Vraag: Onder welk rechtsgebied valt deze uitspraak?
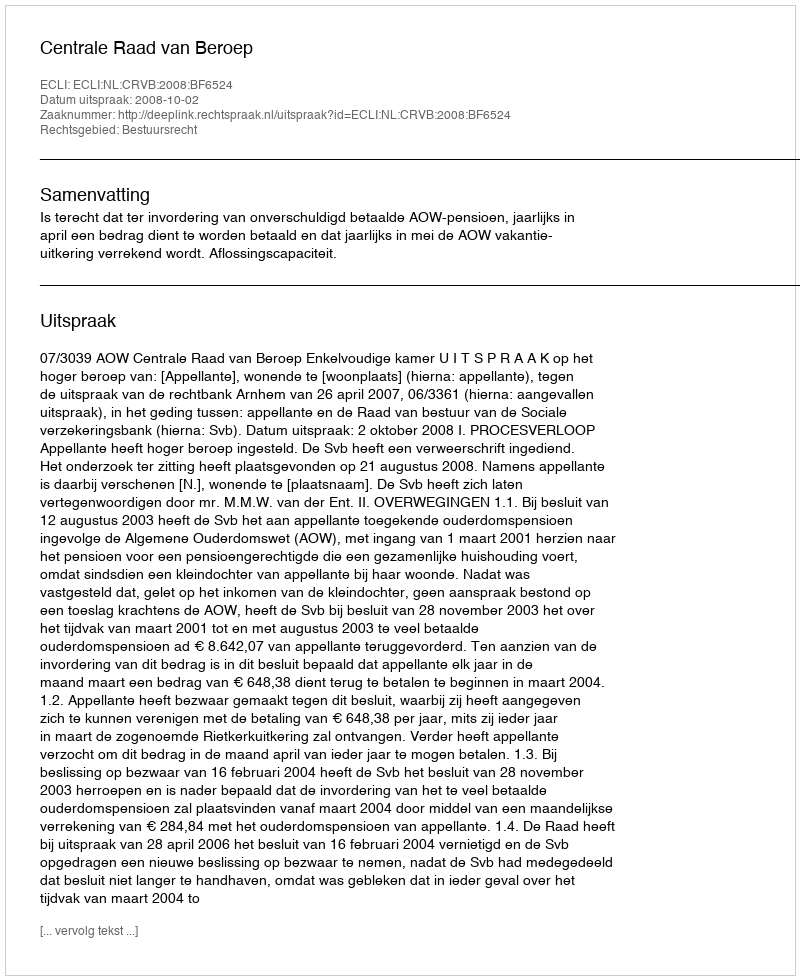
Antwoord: Bestuursrecht